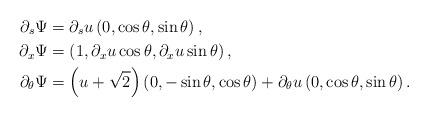
LaTeX: \begin{align*}\partial_s\Psi & =\partial_su\left(0,\cos\theta,\sin\theta\right),\\\partial_x\Psi & =\left(1,\partial_xu\cos\theta,\partial_xu\sin\theta\right),\\\partial_\theta\Psi & =\left(u+\sqrt{2}\right)\left(0,-\sin\theta,\cos\theta\right)+\partial_\theta u\left(0,\cos\theta,\sin\theta\right).\end{align*}